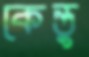
কেন্তু